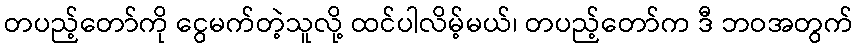
တပည့်တော်ကို ငွေမက်တဲ့သူလို့ ထင်ပါလိမ့်မယ်၊ တပည့်တော်က ဒီ ဘဝအတွက်